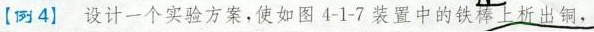
[例4] 设计一个实验方案，使如图4-1-7装置中的铁棒上析出铜，